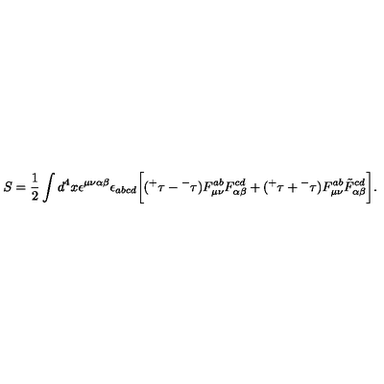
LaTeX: S = \frac { 1 } { 2 } \int d ^ { 4 } x \epsilon ^ { \mu \nu \alpha \beta } \epsilon _ { a b c d } \bigg [ ( { ^ + } \tau - { ^ - } \tau ) F _ { \mu \nu } ^ { a b } F _ { \alpha \beta } ^ { c d } + ( { ^ + } \tau + { ^ - } \tau ) F _ { \mu \nu } ^ { a b } \tilde { F } _ { \alpha \beta } ^ { c d } \bigg ] .